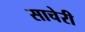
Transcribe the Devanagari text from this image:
साचेरी